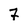
Character: 7